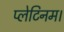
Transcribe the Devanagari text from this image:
प्लेटिनम।